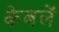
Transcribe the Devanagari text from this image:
केबलें